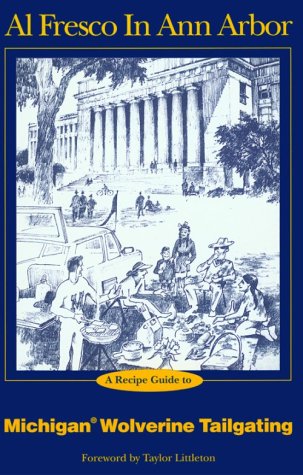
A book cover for Al Fresco in Ann Arbor: A Recipe Guide to Michigan Wolverine Tailgating; Lucy W. Littleton; Cookbooks, Food & Wine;